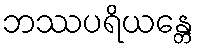
ဘဿပရိယန္တေ